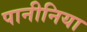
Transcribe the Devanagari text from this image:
पानीनिया